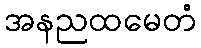
အနညထမေတံ